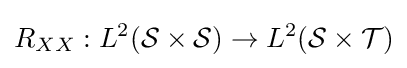
R_{XX}:L^{2}({\mathcal {S}}\times {\mathcal {S}})\rightarrow L^{2}({\mathcal {S}}\times {\mathcal {T}})